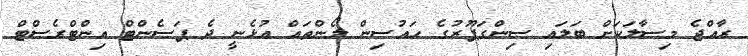
ރާއްޖެ މިސާލަކަށް ބަލައި ސިންގަޕޫރުގެ ހައުސިން ލޯންތައް އުޅެނީ ދެ ޕަސެންޓް އިންޓްރެސްޓް